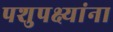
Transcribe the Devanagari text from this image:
पशुपक्ष्यांना